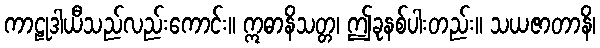
ကာဠုဒါယီသည်လည်းကောင်း။ ဣဓာနိသတ္တ၊ ဤခုနစ်ပါးတည်း။ သယဇာတာနိ၊